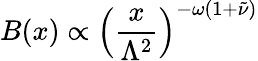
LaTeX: B(x)\propto\left(\frac{x}{\Lambda^{2}}\right)^{-\omega(1+\tilde{\nu})}